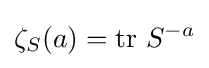
\zeta _{S}(a)=\operatorname {tr} \,S^{-a}